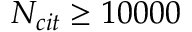
N _ { c i t } \ge 1 0 0 0 0